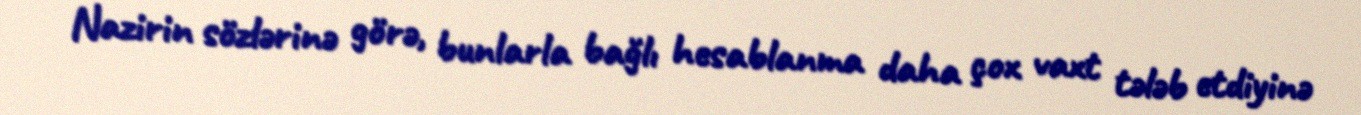
Nazirin sözlərinə görə, bunlarla bağlı hesablanma daha çox vaxt tələb etdiyinə